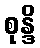
စုန္ဒိ